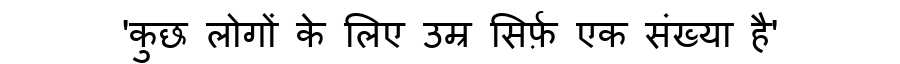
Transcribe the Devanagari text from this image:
'कुछ लोगों के लिए उम्र सिर्फ़ एक संख्या है'